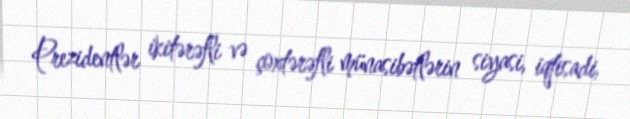
Prezidentlər ikitərəfli və çoxtərəfli münasibətlərin siyasi, iqtisadi,